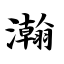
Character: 瀚